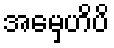
အမှေဟိပိ